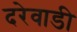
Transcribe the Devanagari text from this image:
दरेवाडी